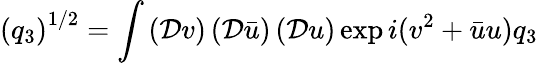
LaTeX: \left(q_{3}\right)^{1/2}=\int\left(\mathcal{D}v\right)\left(\mathcal{D}\bar{u}\right)\left(\mathcal{D}u\right)\exp{i(v^{2}+\bar{u}u)q_{3}}